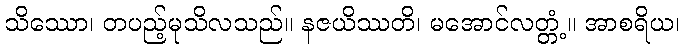
သိဿော၊ တပည့်မုသိလသည်။ နဇယိဿတိ၊ မအောင်လတ္တံ့။ အာစရိယ၊